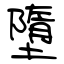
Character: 堕